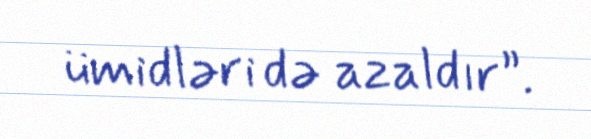
ümidləri də azaldır”.